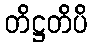
တိဋ္ဌတိပိ